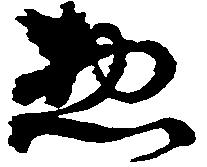
惣